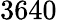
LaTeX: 3640